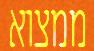
ממצוא